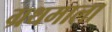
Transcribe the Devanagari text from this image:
ग्रथमाला